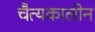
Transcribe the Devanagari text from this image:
चैत्यकालीन